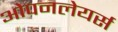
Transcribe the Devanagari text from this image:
ओपनलेयर्स